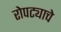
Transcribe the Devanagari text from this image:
रोपट्याचे